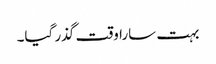
بہت سارا وقت گذر گیا۔